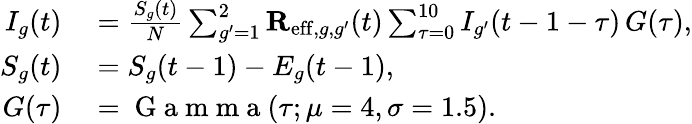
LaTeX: \begin{array}{rl}{I_{g}(t)}&{{}=\frac{S_{g}(t)}{N}\sum_{g^{\prime}=1}^{2}\mathbf{R}_{\mathrm{eff},g,g^{\prime}}(t)\sum_{\tau=0}^{10}I_{g^{\prime}}(t-1-\tau)\, G(\tau),}\\ {S_{g}(t)}&{{}=S_{g}(t-1)-E_{g}(t-1),}\\ {G(\tau)}&{{}=\mathrm{~G~a~m~m~a~}(\tau;\mu=4,\sigma=1.5).}\end{array}